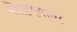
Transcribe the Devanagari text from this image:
रोडावला